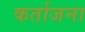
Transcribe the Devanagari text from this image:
कर्ताजना